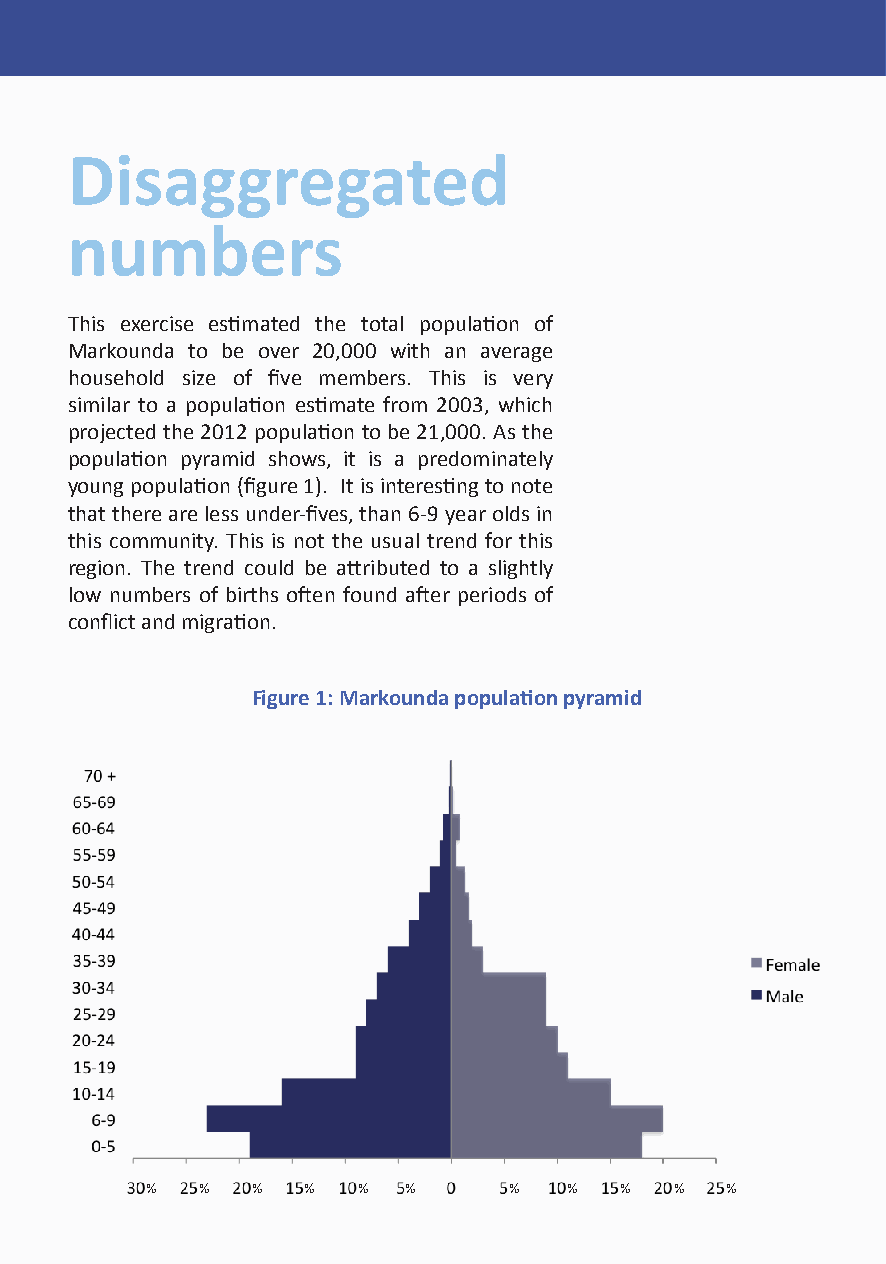
Disaggregated
 numbers
 This exercise estimated the total population of
 Markounda to be over 20,000 with an average
 household size of five members. This is very
 similar to a population estimate from 2003, which
 projected the 2012 population to be 21,000. As the
 population pyramid shows, it is a predominately
 young population (figure 1). It is interesting to note
 that there are less under-fives, than 6-9 year olds in
 this community. This is not the usual trend for this
 region. The trend could be attributed to a slightly
 low numbers of births often found after periods of
 conflict and migration.
 Figure 1: Markounda population pyramid
 %  %   %  %   %  %      %   %  %   %  %